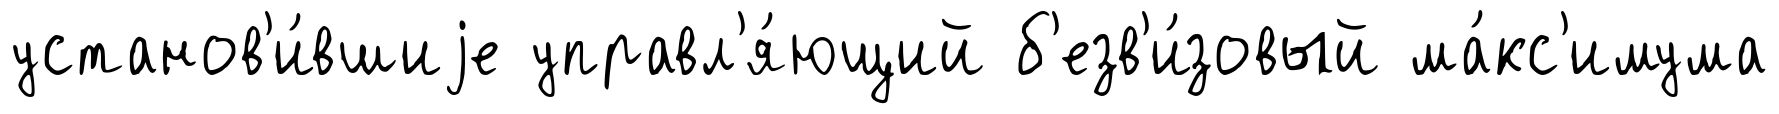
установ'и́вшиjе управл'я́ющий б'езв'и́зовый ма́кс'имума